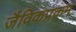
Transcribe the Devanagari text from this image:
जैविकप्रक्रम